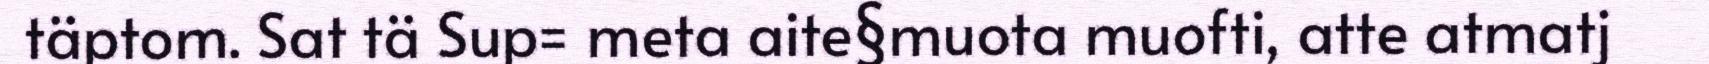
täptom. Sat tä Sup= meta aite§muota muofti, atte atmatj